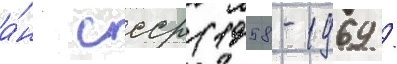
а́н ссср (1958-1969 /